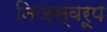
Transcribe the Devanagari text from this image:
निजस्वरूप